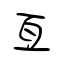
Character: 亙